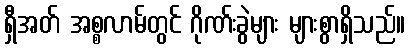
ရှီအတ် အစ္စလာမ်တွင် ဂိုဏ်းခွဲများ များစွာရှိသည်။